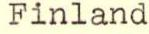
Finland